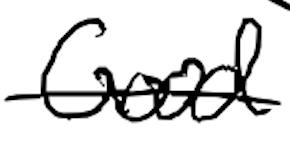
Text: Good
Cross-out: single-line
Writing tool: digital_black